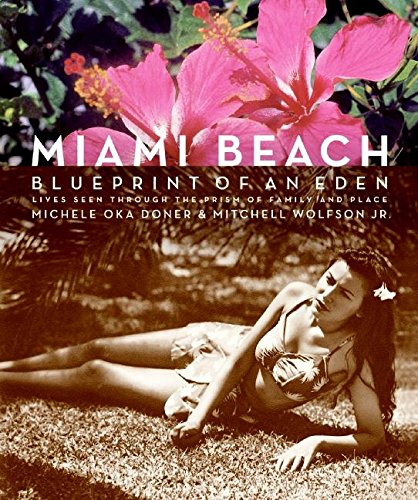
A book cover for Miami Beach; Michele Oka Doner; Travel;